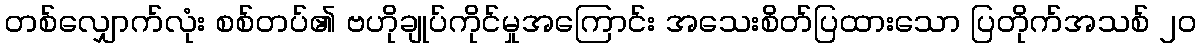
တစ်လျှောက်လုံး စစ်တပ်၏ ဗဟိုချုပ်ကိုင်မှုအကြောင်း အသေးစိတ်ပြထားသော ပြတိုက်အသစ် ၂၀